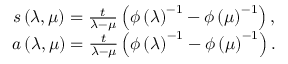
\begin{array} { c } { { s \left( \lambda , \mu \right) = \frac t { \lambda - \mu } \left( \phi \left( \lambda \right) ^ { - 1 } - \phi \left( \mu \right) ^ { - 1 } \right) , } } \\ { { a \left( \lambda , \mu \right) = \frac t { \lambda - \mu } \left( \phi \left( \lambda \right) ^ { - 1 } - \phi \left( \mu \right) ^ { - 1 } \right) . } } \end{array}